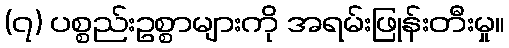
(၇) ပစ္စည်းဥစ္စာများကို အရမ်းဖြုန်းတီးမှု။